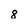
Character: 8